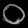
Digit: ၀